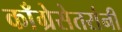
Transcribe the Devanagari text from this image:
काँग्रेसेतरांनी